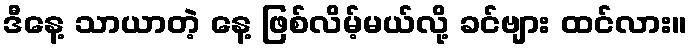
ဒီနေ့ သာယာတဲ့ နေ့ ဖြစ်လိမ့်မယ်လို့ ခင်ဗျား ထင်လား။